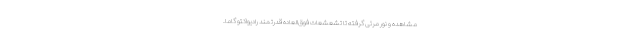
مشاهده و نور مرئی گرفته تا تشعشعات فوق‌العاده قدرتمند رادیواکتو گاما.